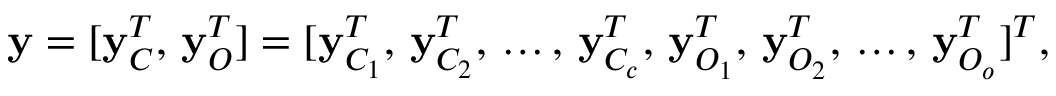
\begin{array} { r } { \mathbf { y } = [ \mathbf { y } _ { C } ^ { T } , \, \mathbf { y } _ { O } ^ { T } ] = [ \mathbf { y } _ { C _ { 1 } } ^ { T } , \, \mathbf { y } _ { C _ { 2 } } ^ { T } , \, \dots , \, \mathbf { y } _ { C _ { c } } ^ { T } , \, \mathbf { y } _ { O _ { 1 } } ^ { T } , \, \mathbf { y } _ { O _ { 2 } } ^ { T } , \, \dots , \, \mathbf { y } _ { O _ { o } } ^ { T } ] ^ { T } , } \end{array}